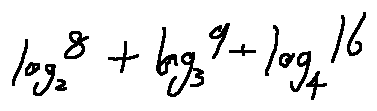
\log _ { 2 } 8 + \log _ { 3 } 9 + \log _ { 4 } 1 6